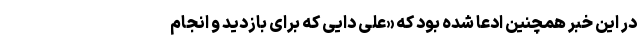
در این خبر همچنین ادعا شده بود که «علی دایی که برای بازدید و انجام